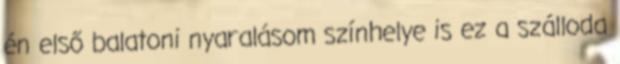
én első balatoni nyaralásom színhelye is ez a szálloda